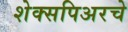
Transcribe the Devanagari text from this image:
शेक्सपिअरचे